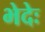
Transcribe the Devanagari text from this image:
भेदेः